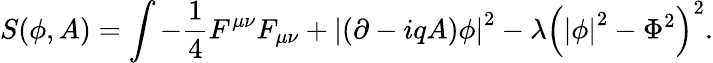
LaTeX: S(\phi,A)=\int-{\frac{1}{4}}F^{\mu\nu}F_{\mu\nu}+\left|\left(\partial-iqA\right)\phi\right|^{2}-\lambda\left(\left|\phi\right|^{2}-\Phi^{2}\right)^{2}.